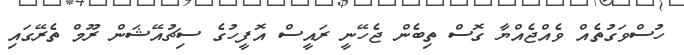
ހުސްވަގުތެއް ވެއްޖެއްޔާ ގޮސް ތިބެން ޖެހޭނީ ރައީސް އޮފީހުގެ ސިޗުއޭޝަން ރޫމް ތެރޭގައި